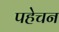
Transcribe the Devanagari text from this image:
पहेचन